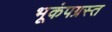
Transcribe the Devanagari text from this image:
भूकंपग्रस्त